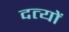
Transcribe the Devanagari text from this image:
दत्यों